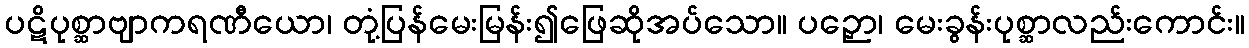
ပဋိပုစ္ဆာဗျာကရဏီယော၊ တုံ့ပြန်မေးမြန်း၍ဖြေဆိုအပ်သော။ ပဉှော၊ မေးခွန်းပုစ္ဆာလည်းကောင်း။